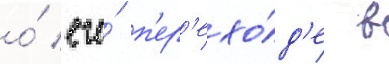
о́ его́ п'ер'ехо́д'е в